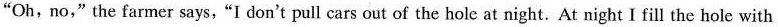
"Oh,no,"the farmer says,"I don't pull cars out of the hole at night. At night I fill the hole with